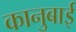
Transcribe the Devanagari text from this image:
कानुबाई